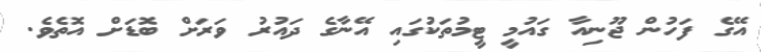
އޭގެ ފަހުން ޖޫނިއާ ގައުމީ ޓީމުތަކުގައި އޭނާގެ ދައުރު ވަރަށް ބޮޑަށް އޮތެވެ.